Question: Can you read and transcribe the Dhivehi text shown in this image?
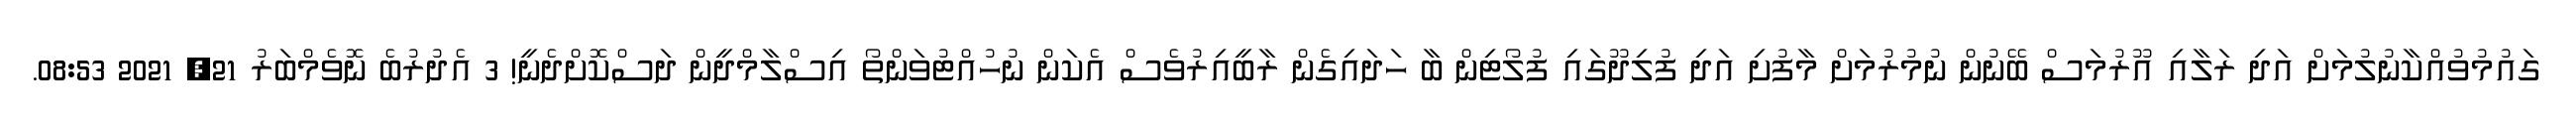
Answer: ގައުމުވުއްކާނުލުމަށް އަދި ރަލާއި އޫރުމަސް ބޭނުން ނުމުރުމަށް މާފުށި އަދި ފުލިދޫގައި ފުލޯޓިން ބާ ހަދައިގެން ރާބީއިރުވެސް އެކަން ނުހުއްޓުވަންތޯ އިސްލާމްދީން ދަސްކޮށްދެނީ! 3 އެދުރުބެ ނޮވެމްބަރު 21, 2021 08:53.